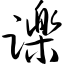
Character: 跞